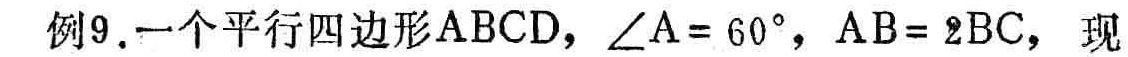
例9. 一个平行四边形\(ABCD\)，\(\angle A = 60^{\circ}\)，\(AB = 2BC\)，现